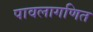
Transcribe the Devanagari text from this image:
पावलागणित